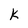
Character: K